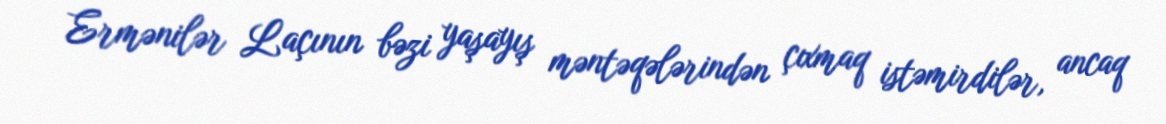
Ermənilər Laçının bəzi yaşayış məntəqələrindən çıxmaq istəmirdilər, ancaq